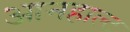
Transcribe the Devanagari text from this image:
आनहाल्ट